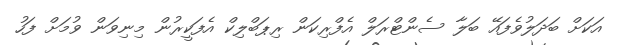
އަކަށް ބަދަލުވެފައޭ ބަލާ ސެންޓްރަލް އެފްރިކަން ރިޕަބްލިކް އެފަކީރުން މިނިވަން ވުމަށް ފަހު